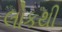
લોકથી